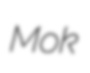
Mok